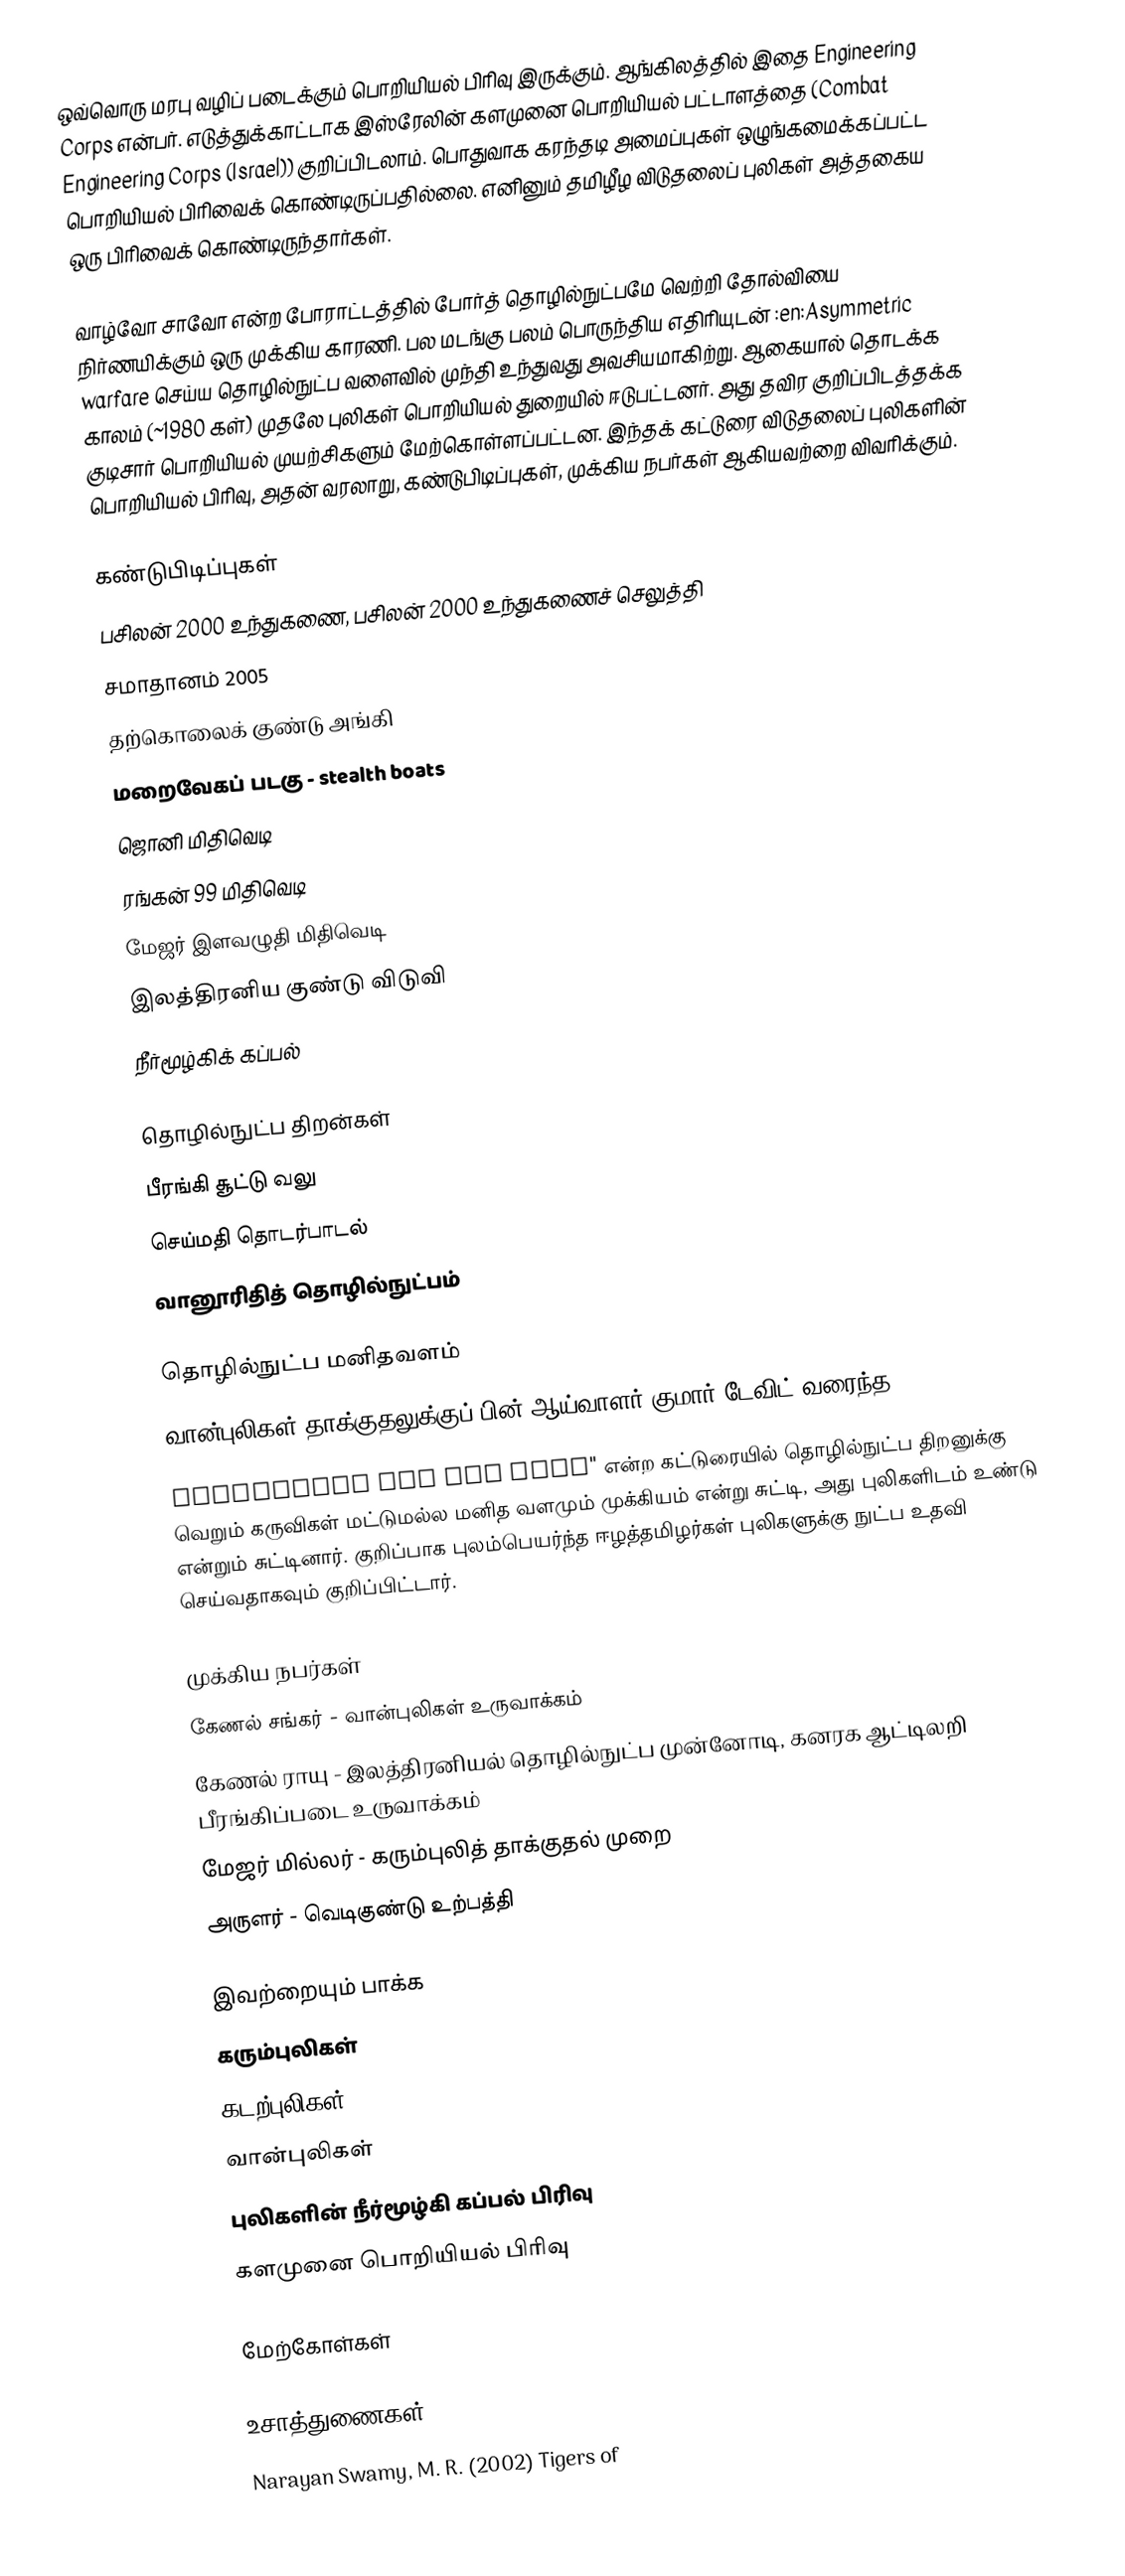
ஒவ்வொரு மரபு வழிப் படைக்கும் பொறியியல் பிரிவு இருக்கும்.  ஆங்கிலத்தில் இதை Engineering Corps என்பர்.  எடுத்துக்காட்டாக இஸ்ரேலின் களமுனை பொறியியல் பட்டாளத்தை (Combat Engineering Corps (Israel)) குறிப்பிடலாம்.  பொதுவாக கரந்தடி அமைப்புகள் ஒழுங்கமைக்கப்பட்ட பொறியியல் பிரிவைக் கொண்டிருப்பதில்லை.  எனினும் தமிழீழ விடுதலைப் புலிகள் அத்தகைய ஒரு பிரிவைக் கொண்டிருந்தார்கள்.

வாழ்வோ சாவோ என்ற போராட்டத்தில் போர்த் தொழில்நுட்பமே வெற்றி தோல்வியை நிர்ணயிக்கும் ஒரு முக்கிய காரணி.  பல மடங்கு பலம் பொருந்திய எதிரியுடன் :en:Asymmetric warfare செய்ய தொழில்நுட்ப வளைவில் முந்தி உந்துவது அவசியமாகிற்று.  ஆகையால் தொடக்க காலம் (~1980 கள்) முதலே புலிகள் பொறியியல் துறையில் ஈடுபட்டனர். அது தவிர குறிப்பிடத்தக்க குடிசார் பொறியியல் முயற்சிகளும் மேற்கொள்ளப்பட்டன. இந்தக் கட்டுரை விடுதலைப் புலிகளின் பொறியியல் பிரிவு, அதன் வரலாறு, கண்டுபிடிப்புகள், முக்கிய நபர்கள் ஆகியவற்றை விவரிக்கும்.

கண்டுபிடிப்புகள்
 பசிலன் 2000 உந்துகணை, பசிலன் 2000 உந்துகணைச் செலுத்தி
 சமாதானம் 2005
 தற்கொலைக் குண்டு அங்கி
 மறைவேகப் படகு - stealth boats
 ஜொனி மிதிவெடி
 ரங்கன் 99 மிதிவெடி
 மேஜர் இளவழுதி மிதிவெடி
 இலத்திரனிய குண்டு விடுவி
 நீர்மூழ்கிக் கப்பல்

தொழில்நுட்ப திறன்கள்
 பீரங்கி சூட்டு வலு
 செய்மதி தொடர்பாடல்
 வானூரிதித் தொழில்நுட்பம்

தொழில்நுட்ப மனிதவளம்
வான்புலிகள் தாக்குதலுக்குப் பின் ஆய்வாளர் குமார் டேவிட் வரைந்த "Human-capital in knowledge-based societies:
Technology and the LTTE" என்ற கட்டுரையில் தொழில்நுட்ப திறனுக்கு வெறும் கருவிகள் மட்டுமல்ல மனித வளமும் முக்கியம் என்று சுட்டி, அது புலிகளிடம் உண்டு என்றும் சுட்டினார்.  குறிப்பாக புலம்பெயர்ந்த ஈழத்தமிழர்கள் புலிகளுக்கு நுட்ப உதவி செய்வதாகவும் குறிப்பிட்டார்.

முக்கிய நபர்கள்
 கேணல் சங்கர் - வான்புலிகள் உருவாக்கம்
 கேணல் ராயு - இலத்திரனியல் தொழில்நுட்ப முன்னோடி, கனரக ஆட்டிலறி பீரங்கிப்படை உருவாக்கம்
 மேஜர் மில்லர் - கரும்புலித் தாக்குதல் முறை
 அருளர் - வெடிகுண்டு உற்பத்தி

இவற்றையும் பாக்க
 கரும்புலிகள்
 கடற்புலிகள்
 வான்புலிகள்
 புலிகளின் நீர்மூழ்கி கப்பல் பிரிவு
 களமுனை பொறியியல் பிரிவு

மேற்கோள்கள்

உசாத்துணைகள்
 Narayan Swamy, M. R. (2002) Tigers of